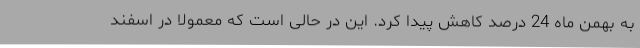
به بهمن ماه 24 درصد کاهش پیدا کرد. این در حالی است که معمولاً در اسفند